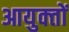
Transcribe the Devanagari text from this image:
आयुक्‍तों